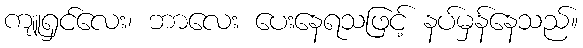
ကျူရှင်လေး၊ ဘာလေး ပေးနေရသဖြင့် နပ်မှန်နေသည်။